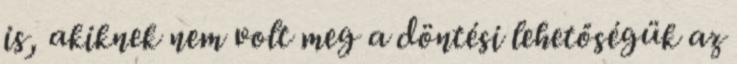
is, akiknek nem volt meg a döntési lehetőségük az